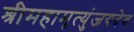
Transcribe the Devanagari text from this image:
श्रीमहामृत्युंजयदेव